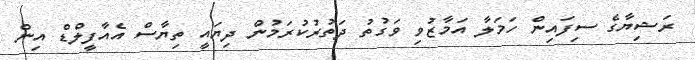
ރަޝިޔާގެ ސިިފައިން ހަމަލާ އަމާޒުވި ވަގުތު ދަތުރުކުރަމުން ދިޔައީ ތިޔާސް އެއާފީލްޑް އިން